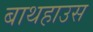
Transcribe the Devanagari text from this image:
बाथहाउस